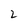
Character: 2